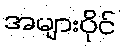
အများပိုင်